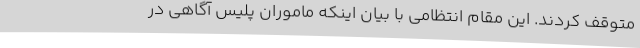
متوقف کردند. این مقام انتظامی با بیان اینکه ماموران پلیس آگاهی در